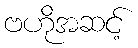
ဗဟိုအဆင့်